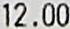
12.00